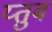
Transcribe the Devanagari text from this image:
य्तुब